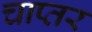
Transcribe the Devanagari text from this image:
चाप्तर